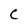
Character: C